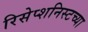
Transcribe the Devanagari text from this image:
रिसेप्शनिस्टच्या